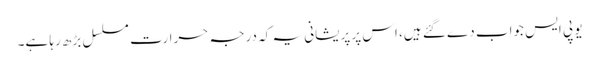
یو پی ایس جواب دے گئے ہیں، اس پر پریشانی یہ کہ درجہ حرارت مسلسل بڑھ رہا ہے۔